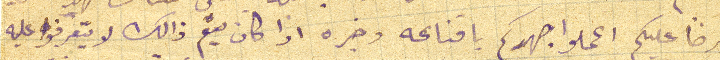
فيرضا عليكم اعملوا جهدكم باقناعه اذا كان يتم ذالك لا يتعرفوا عليه